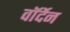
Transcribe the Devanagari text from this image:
वॉर्देन